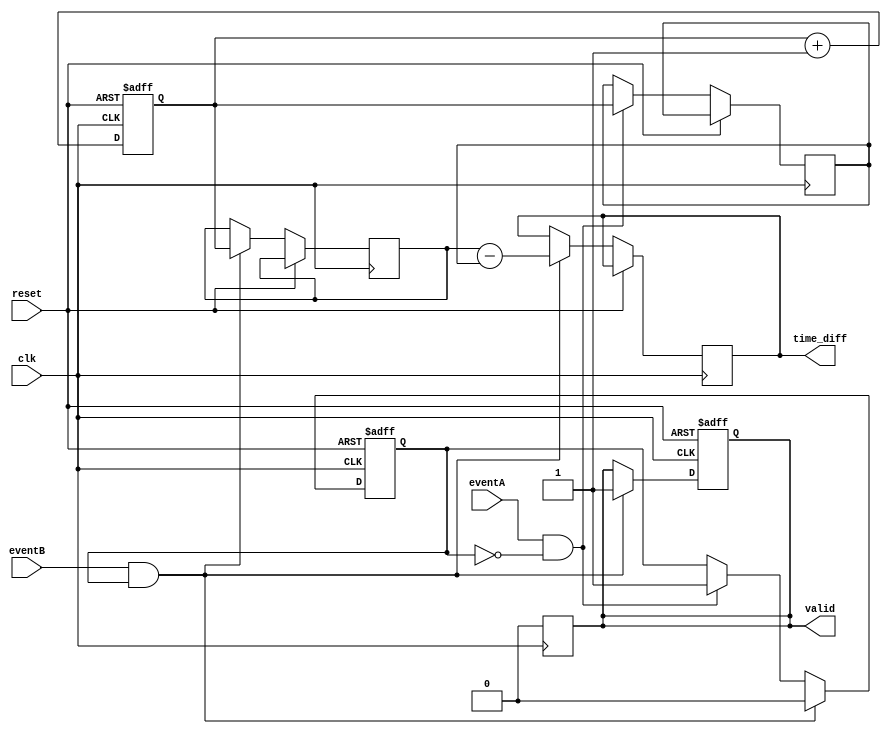
module HybridTDC (
    input wire clk,                // High-frequency clock
    input wire reset,              // Reset signal
    input wire eventA,             // Event A signal
    input wire eventB,             // Event B signal
    output reg [15:0] time_diff,   // Output time difference
    output reg valid               // Output valid signal
);

    // Parameters
    parameter MEMORY_SIZE = 16;    // Number of memory entries
    parameter COUNTER_WIDTH = 16;   // Width of the time counter

    // Internal signals
    reg [COUNTER_WIDTH-1:0] counter; // Time counter
    reg [COUNTER_WIDTH-1:0] timeA;   // Time at event A
    reg [COUNTER_WIDTH-1:0] timeB;   // Time at event B
    reg [COUNTER_WIDTH-1:0] memory [0:MEMORY_SIZE-1]; // Memory block
    reg [3:0] write_addr;            // Write address for memory
    reg [3:0] read_addr;             // Read address for memory
    reg capturing;                   // Flag for capturing events

    // Counter logic
    always @(posedge clk or posedge reset) begin
        if (reset) begin
            counter <= 0;
            write_addr <= 0;
            capturing <= 0;
            valid <= 0;
        end else begin
            counter <= counter + 1; // Increment counter on each clock cycle

            // Event A detection
            if (eventA && !capturing) begin
                timeA <= counter;     // Capture time at event A
                capturing <= 1;       // Set capturing flag
            end

            // Event B detection
            if (eventB && capturing) begin
                timeB <= counter;     // Capture time at event B
                capturing <= 0;       // Clear capturing flag
                time_diff <= timeB - timeA; // Calculate time difference
                valid <= 1;           // Set valid signal
                memory[write_addr] <= time_diff; // Store in memory
                write_addr <= write_addr + 1; // Increment write address
            end
        end
    end

    // Memory read logic (for demonstration purposes)
    always @(posedge clk) begin
        if (valid) begin
            // Read from memory (for example, read the last written value)
            read_addr <= write_addr - 1; // Read the last stored value
            valid <= 0; // Clear valid signal after reading
        end
    end

endmodule